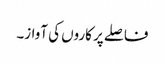
فاصلے پر کاروں کی آواز۔